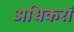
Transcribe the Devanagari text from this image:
अधिकरॉ